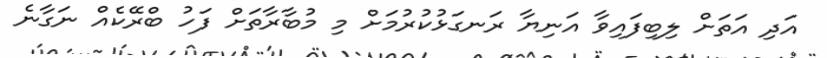
އަދި އަތަށް ލިބިފައިވާ އަނިޔާ ރަނގަޅުކުރުމަށް މި މުބާރާތަށް ފަހު ބްރޭކެއް ނަގާނެ